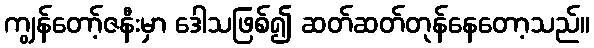
ကျွန်တော့်ဇနီးမှာ ဒေါသဖြစ်၍ ဆတ်ဆတ်တုန်နေတော့သည်။